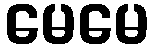
မေမေ